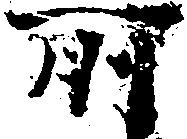
所